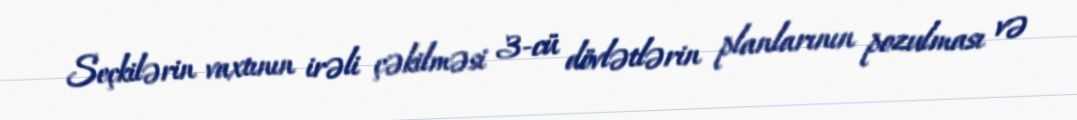
Seçkilərin vaxtının irəli çəkilməsi 3-cü dövlətlərin planlarının pozulması və